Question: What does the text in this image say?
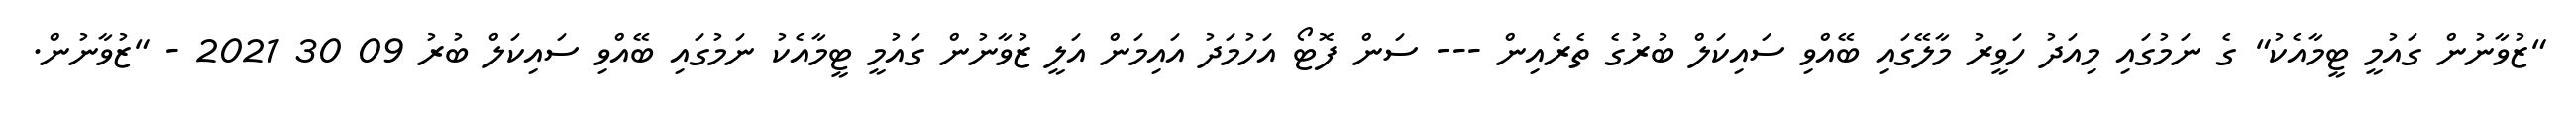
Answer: "ޒުވާނުން ގައުމީ ޓީމާއެކު" ގެ ނަމުގައި މިއަދު ހަވީރު މާލޭގައި ބޭއްވި ސައިކަލް ބުރުގެ ތެރެއިން --- ސަން ފޮޓޯ އަހުމަދު އައިމަން އަލީ ޒުވާނުން ގައުމީ ޓީމާއެކު ނަމުގައި ބޭއްވި ސައިކަލް ބުރު 09 30 2021 - "ޒުވާނުން.